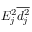
E _ { j } ^ { 2 } \overline { { d _ { j } ^ { 2 } } }